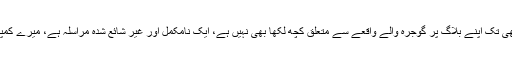
مگر میں نے تو ابھی تک اپنے بلاگ پر گوجرہ والے واقعے سے متعلق کچھ لکھا بھی نہیں ہے، ایک نامکمل اور غیر شائع شدہ مراسلہ ہے، میرے کمپیوٹر میں، اور بس۔